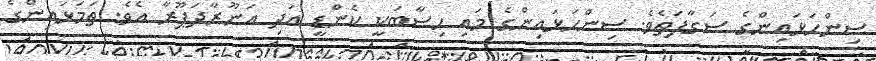
ސިންހަޅައިންގެ ސަގާފަތެވެ. ސިންހަޅައިންގެ މައި ހިސާބަކީ ކެންޑީ އަދި އަނޫރާދަޕޫރާ އެވެ. ތަމަޅައިންގެ